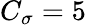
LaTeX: C_{\sigma}=5